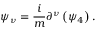
\psi _ { \nu } = \frac { i } { m } \partial ^ { \nu } \left( \psi _ { 4 } \right) .